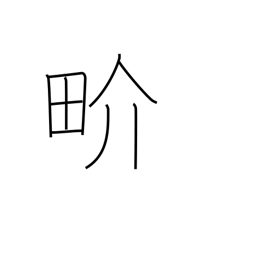
Meaning: world